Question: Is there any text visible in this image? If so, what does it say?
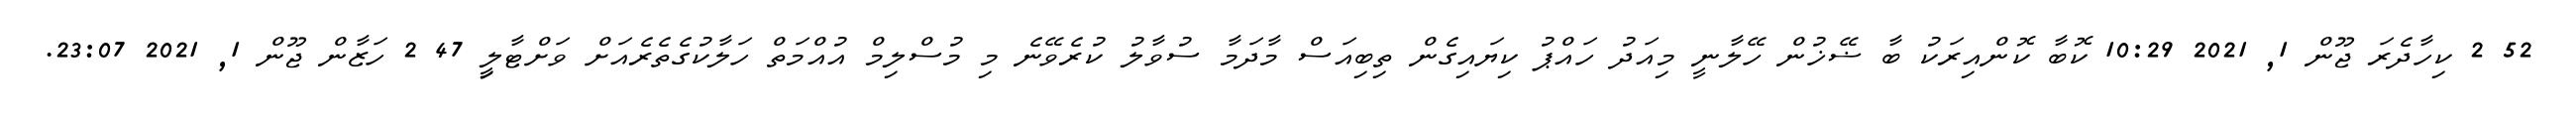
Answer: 52 2 ކިހާދެރަ ޖޫން 1, 2021 10:29 ކޮބާ ކޮންއިރަކު ބާ ޟޭޚުން ހޭލާނީ މިއަދު ހައްޕު ކިޔައިގެން ތިބިއަސް މާދަމާ ސުވާލު ކުރެވޭނެ މި މުސްލިމް އުއްމަތް ހަލާކުގެތެރެއަށް ވަށްޓާލިީ 47 2 ހަޒާން ޖޫން 1, 2021 23:07.